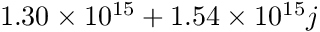
\phantom { - } 1 . 3 0 \times 1 0 ^ { 1 5 } + 1 . 5 4 \times 1 0 ^ { 1 5 } j